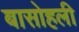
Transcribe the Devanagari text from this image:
बासोहली